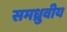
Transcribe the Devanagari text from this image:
समध्रुवीय